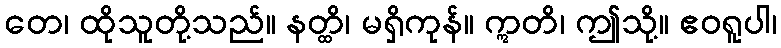
တေ၊ ထိုသူတို့သည်။ နတ္ထိ၊ မရှိကုန်။ ဣတိ၊ ဤသို့။ ဧဝရူပါ၊